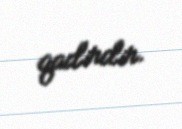
qadirdir.